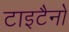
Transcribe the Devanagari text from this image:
टाइटैनों